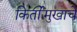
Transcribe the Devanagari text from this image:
किर्तीमुखाचे